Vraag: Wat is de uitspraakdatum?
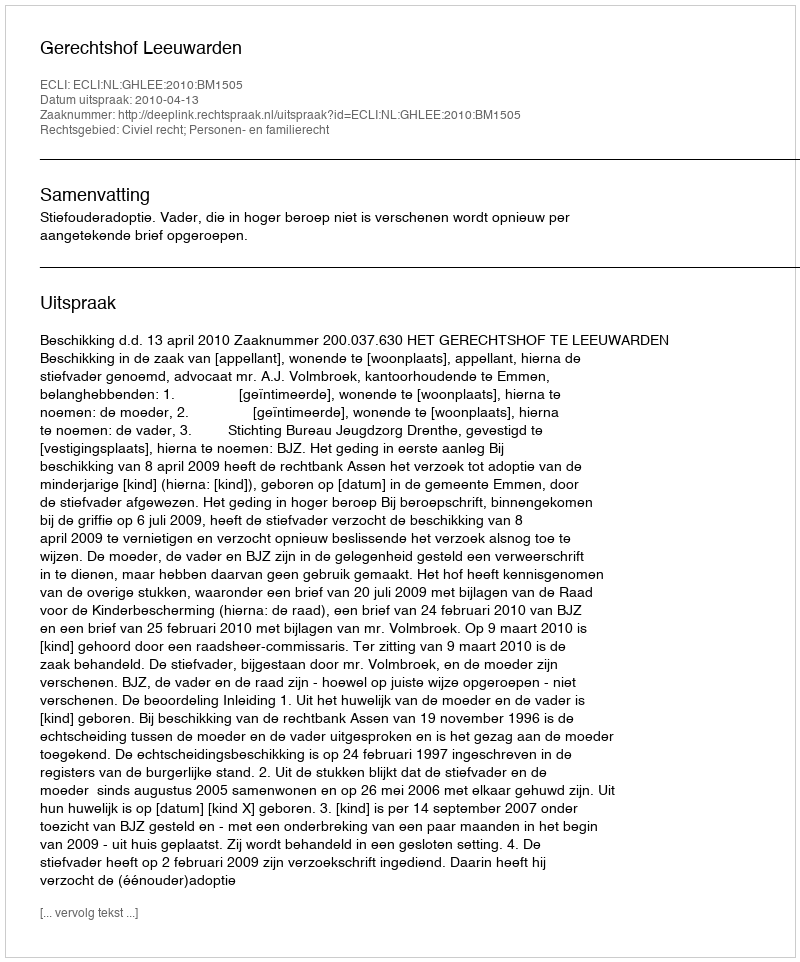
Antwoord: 2010-04-13